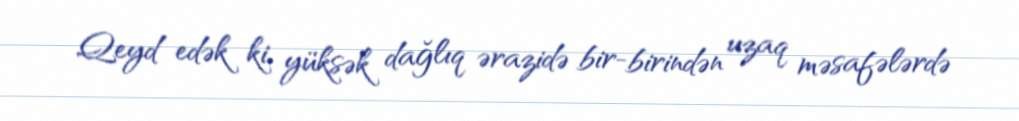
Qeyd edək ki, yüksək dağlıq ərazidə bir-birindən uzaq məsafələrdə